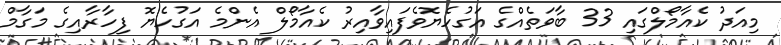
މިއަދު ކެއާމޯލްގައި 33 ބާވަތެއްގެ އަގުހެޔޮވެފައިވާއިރު ކެއާމޯލް އެންމެ އަގުހެޔޮ ފިހާރާއިގެ މަގާމް